Vital statistics of India. Vol. VI, European troops 1870-79
Year: 1870
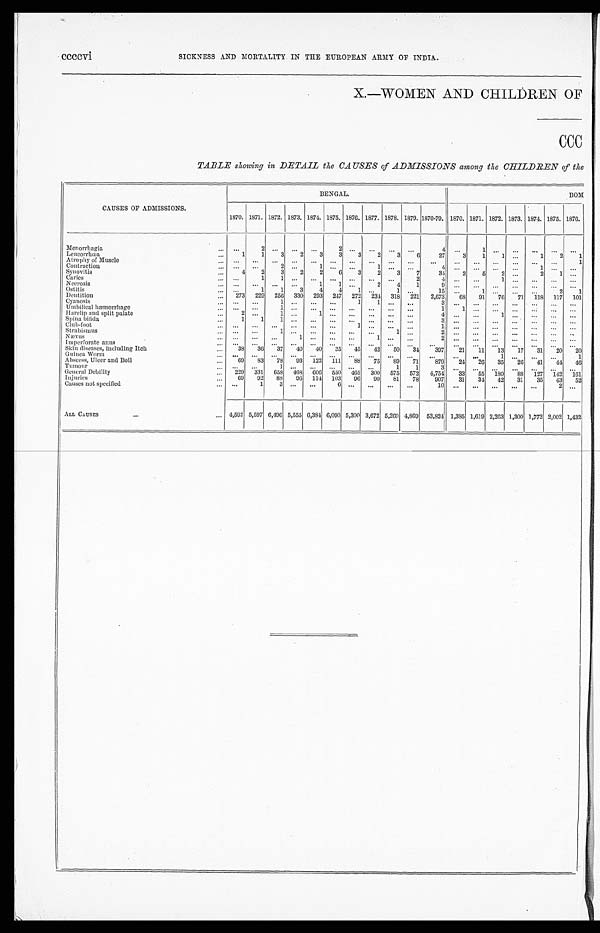
ccccvi
SICKNESS AND MORTALITY IN THE EUROPEAN ARMY OF INDIA.
X.—WOMEN AND CHILDREN OF
CCC
TABLE showing in DETAIL the CAUSES of ADMISSIONS among the CHILDREN of the
CAUSES OF ADMISSIONS.
BENGAL.
BOM
1870. 1871. 1872. 1873. 1874. 1875. 1876. 1877. 1878. 1879. 1870-79. 1870. 1871. 1872. 1873. 1874. 1875. 1876.
Menorrhagia
... ...
2
. . .
. . .
. . .
2
. . .
. . .
. . .
. . .
4
. . .
1
. . .
. . .
. . .
. . .
. . .
Leucorrhœa
...
1
1
3
2
3
3
3
2
3
6
27
3
1
1
. . .
1
2
1
Atrophy of Muscle
... ... ... ...
... ... ... ... ... ... ...
...
... ... ... ... ... ...
1
Contraction
... . . .
. . .
2
. . .
1 . . .
. . .
1
. . .
. . .
4
. . .
. . .
. . .
. . .
1
. . .
. . .
Synovitis
...
4
2
3
2
2
6
3
2
3
7
34
2
5
2 ...
2
1 ...
Caries
... ...
1
1
. . .
. . .
. . .
. . .
. . .
. . .
2
4
. . .
. . . 1
. . .
. . .
. . .
. . .
Necrosis
... ... ... ... ...
1
1 ...
2
4
1
9
. . .
. . .
. . .
. . .
. . .
. . .
. . .
Ostitis
...
. . .
1
1
3
4
4
1 ...
1 . . .
15 ...
1
. . .
. . .
. . .
2
1
Dentition
... 273 229 256 330 293 247 272 234 318 221 2,673
68 91 76 71 118 117 101
Cyanosis
... ...
...
1
. . .
. . .
. . .
1
1
. . .
. . .
3
. . .
. . .
. . .
. . .
. . .
. . .
. . .
Umbilical hæmorrhage
... ... ...
1
. . .
. . .
. . .
. . .
. . .
. . .
. . .
1
1
. . .
. . .
. . .
. . .
. . .
. . .
Harelip and split palate
...
2
. . .
1
. . .
1
. . .
. . . . . . ... ...
4 ... ...
1
. . .
. . .
. . .
. . .
Spina bifida
...
1
1
1
. . .
. . .
. . .
. . .
. . .
. . .
. . .
3
. . .
. . .
. . .
. . .
. . .
. . .
. . .
Club-foot
. . .
...
. . .
. . .
. . .
. . .
. . .
1
. . .
. . .
. . .
1 . . .
...
...
...
. . .
. . .
. . .
Strabismus
... ... ...
1
. . .
. . .
. . .
. . .
. . .
1
. . .
2
. . .
. . .
. . .
. . .
. . .
. . .
. . .
Nævus
... ...
. . .
...
1
. . .
. . .
. . .
1
. . .
. . .
2 ... ... ...
...
. . .
...
. . .
Imperforate anus
... ... ... ... ... ... ... ... ... ... ...
. . .
. . .
. . .
. . .
. . .
. . .
. . .
. . .
Skin diseases, including Itch
. . . 38 36 37 40 40 35 45 42 50 34
397
21 11 13 17 31 20 20
Guinea Worm
... ... ...
... ...
. . .
... ...
... ... ...
...
. . .
. . .
1
. . .
. . .
. . .
1
Abscess, Ulcer and Boil
...
69 83 78 93 122 111 88 75 89 71
879
24 26 35 26 41 44 46
Tumour
... ... ...
1
. . .
. . .
. . .
. . .
. . .
1
1
3
. . .
. . .
. . .
. . .
. . .
. . .
. . .
General Debility
. . . 229 331 658 468 606 550 465 300 575 572 4,754 33 55 180 88 127 142 161
Injuries
. . . 69 92 88 96 114 103 96 90 81 78
907
31 34 42 31 35 43 52
Causes not specified
... . . .
1
3
. . .
. . .
6
. . .
. . .
. . .
. . .
1 0
. . .
. . .
. . .
. . .
. . .
2
. . .
ALL CAUSES
...
... 4,592 5,597 6,496 5,555 6,384 6,090 5,300 3,672 5,269 4,869 53,824 1,385 1,619 2,263 1,300 1,772 2,002 1,432